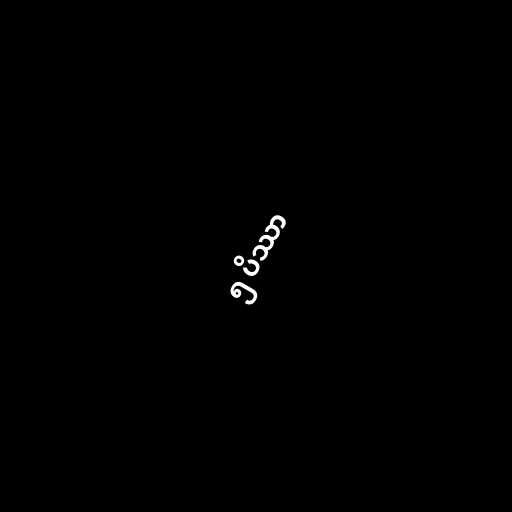
၅ ပိဿာ